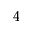
^ { 4 }